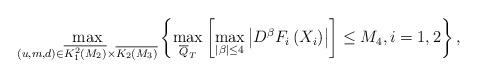
LaTeX: \begin{align*}\max_{\left( u,m,d\right) \in \overline{K_{1}^{2}\left( M_{2}\right) }\times \overline{K_{2}\left( M_{3}\right) }}\left\{ \max_{\overline{Q}_{T}}\left[\max_{\left\vert \beta \right\vert \leq 4}\left\vert D^{\beta }F_{i}\left(X_{i}\right) \right\vert \right] \leq M_{4},i=1,2\right\} , \end{align*}